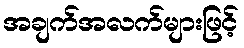
အချက်အလက်များဖြင့်